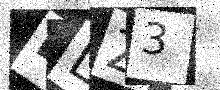
Text: BLZ3